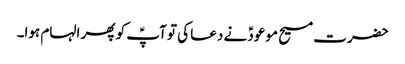
حضرت مسیح موعودؑ نے دعا کی تو آپؑ کو پھر الہام ہوا۔